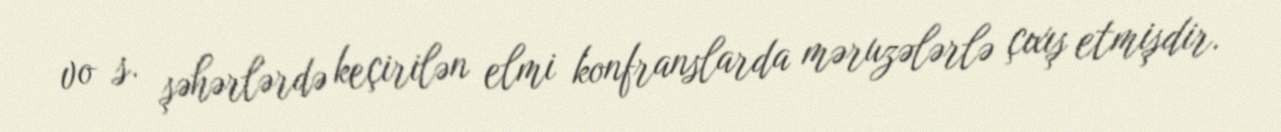
vo s. şəhərlərdə keçirilən elmi konfranslarda məruzələrlə çıxış etmişdir.